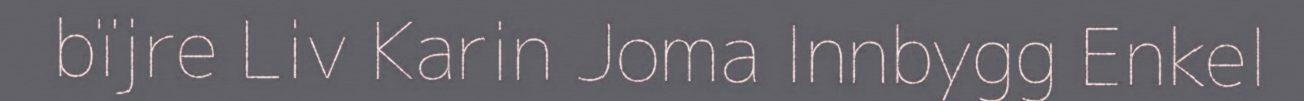
bïjre Liv Karin Joma Innbygg Enkel